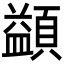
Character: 𩔱